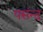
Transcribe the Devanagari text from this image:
पसंन्द